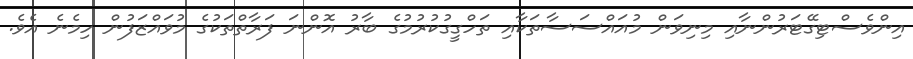
އިންވެސްޓިގޭޓަރުންނާއި މިނިވަން މުއައްސަސާތަކާއި ތަހްގީގުކުރުމުގެ ބާރު އޮންނަ ފަރާތްތަކުގެ މުވައްޒަފުން ހިމެނެ އެވެ.